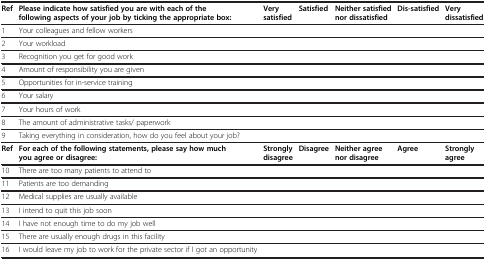
<table><thead><tr><td><b>Ref</b></td><td><b>Please indicate how satisfied you are with each of the following aspects of your job by ticking the appropriate box:</b></td><td><b>Very satisfied</b></td><td><b>Satisfied</b></td><td><b>Neither satisfied nor dissatisfied</b></td><td><b>Dis-satisfied</b></td><td><b>Very dissatisfied</b></td></tr></thead><tbody><tr><td>1</td><td>Your colleagues and fellow workers</td><td> </td><td> </td><td> </td><td> </td><td> </td></tr><tr><td>2</td><td>Your workload</td><td> </td><td> </td><td> </td><td> </td><td> </td></tr><tr><td>3</td><td>Recognition you get for good work</td><td> </td><td> </td><td> </td><td> </td><td> </td></tr><tr><td>4</td><td>Amount of responsibility you are given</td><td> </td><td> </td><td> </td><td> </td><td> </td></tr><tr><td>5</td><td>Opportunities for in-service training</td><td> </td><td> </td><td> </td><td> </td><td> </td></tr><tr><td>6</td><td>Your salary</td><td> </td><td> </td><td> </td><td> </td><td> </td></tr><tr><td>7</td><td>Your hours of work</td><td> </td><td> </td><td> </td><td> </td><td> </td></tr><tr><td>8</td><td>The amount of administrative tasks/ paperwork</td><td> </td><td> </td><td> </td><td> </td><td> </td></tr><tr><td>9</td><td>Taking everything in consideration, how do you feel about your job?</td><td> </td><td> </td><td> </td><td> </td><td> </td></tr><tr><td><b>Ref</b></td><td><b>For each of the following statements, please say how much you agree or disagree:</b></td><td><b>Strongly disagree</b></td><td><b>Disagree</b></td><td><b>Neither agree nor disagree</b></td><td><b>Agree</b></td><td><b>Strongly agree</b></td></tr><tr><td>10</td><td>There are too many patients to attend to</td><td> </td><td> </td><td> </td><td> </td><td> </td></tr><tr><td>11</td><td>Patients are too demanding</td><td> </td><td> </td><td> </td><td> </td><td> </td></tr><tr><td>12</td><td>Medical supplies are usually available</td><td> </td><td> </td><td> </td><td> </td><td> </td></tr><tr><td>13</td><td>I intend to quit this job soon</td><td> </td><td> </td><td> </td><td> </td><td> </td></tr><tr><td>14</td><td>I have not enough time to do my job well</td><td> </td><td> </td><td> </td><td> </td><td> </td></tr><tr><td>15</td><td>There are usually enough drugs in this facility</td><td> </td><td> </td><td> </td><td> </td><td> </td></tr><tr><td>16</td><td>I would leave my job to work for the private sector if I got an opportunity</td><td> </td><td> </td><td> </td><td> </td><td> </td></tr></tbody></table>